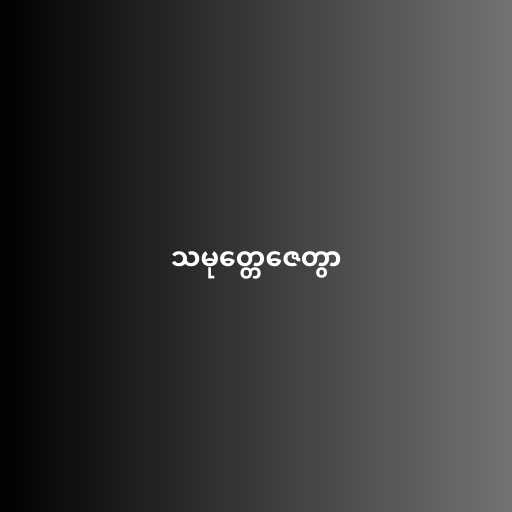
သမုတ္တေဇေတွာ